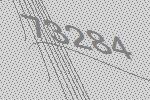
73284